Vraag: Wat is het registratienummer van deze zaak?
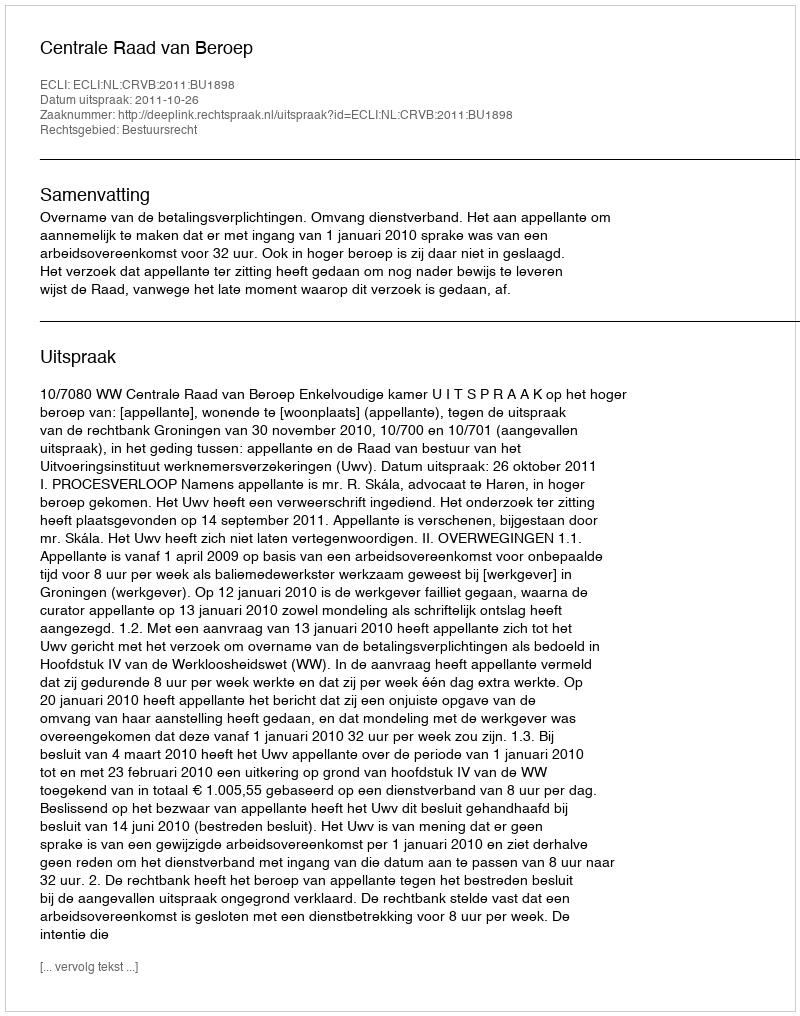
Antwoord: http://deeplink.rechtspraak.nl/uitspraak?id=ECLI:NL:CRVB:2011:BU1898